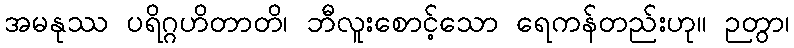
အမနုဿ ပရိဂ္ဂဟိတာတိ၊ ဘီလူးစောင့်သော ရေကန်တည်းဟု။ ဉတွာ၊